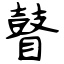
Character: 瞽